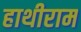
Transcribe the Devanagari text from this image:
हाथीराम